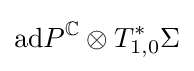
{\text{ad}}P^{\mathbb {C} }\otimes T_{1,0}^{*}\Sigma